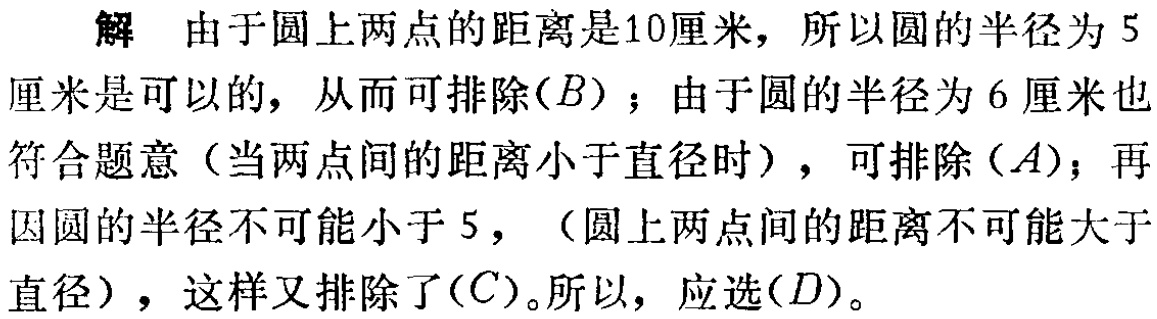
解 由于圆上两点的距离是10厘米，所以圆的半径为 5厘米是可以的，从而可排除$(B)$；由于圆的半径为 6 厘米也符合题意（当两点间的距离小于直径时），可排除$(A)$；再因圆的半径不可能小于 5，（圆上两点间的距离不可能大于直径），这样又排除了$(C)$。所以，应选$(D)$。